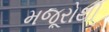
મજૂરોથી